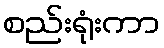
စည်းရုံးကာ